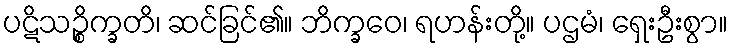
ပဋိသဉ္စိက္ခတိ၊ ဆင်ခြင်၏။ ဘိက္ခဝေ၊ ရဟန်းတို့။ ပဌမံ၊ ရှေးဦးစွာ။